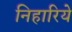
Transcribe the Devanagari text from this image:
निहारिये